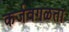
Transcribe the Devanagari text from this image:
कर्जवगळता